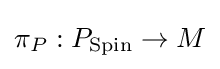
\pi _{P}:P_{\operatorname {Spin} }\rightarrow M